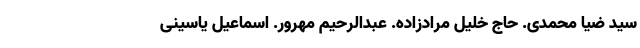
سید ضیا محمدی. حاج خلیل مرادزاده. عبدالرحیم مهرور. اسماعیل یاسینی